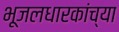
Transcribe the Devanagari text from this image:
भूजलधारकांच्या